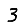
Digit: 3